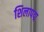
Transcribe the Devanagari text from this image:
शिलापद्म